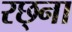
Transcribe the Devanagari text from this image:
रछ्ना